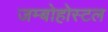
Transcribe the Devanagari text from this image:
जम्बोहोस्टल